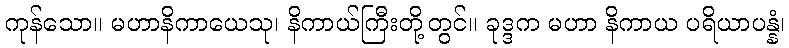
ကုန်သော။ မဟာနိကာယေသု၊ နိကာယ်ကြီးတို့တွင်။ ခုဒ္ဒက မဟာ နိကာယ ပရိယာပန္နံ၊